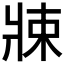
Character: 𤖂